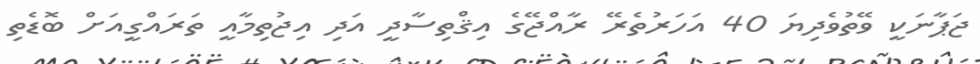
ޖަޕާނަކީ ވޭތުވެދިޔަ 40 އަހަރުތެރޭ ރާއްޖޭގެ އިޤްތިސާދީ އަދި އިޖުތިމާއީ ތަރައްގީއަށް ބޮޑެތި